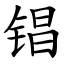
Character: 锠